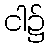
ငါ၌